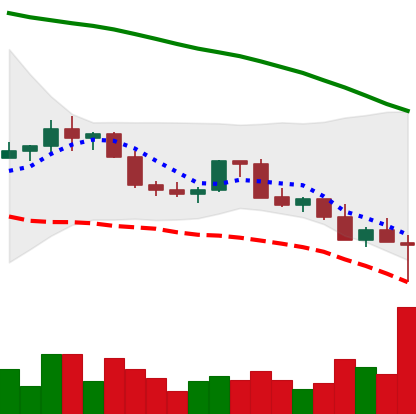
Ticker: LINK-USD
Chart end date: 2022-02-24
Forward return: 15.583%
Label: up_7plus